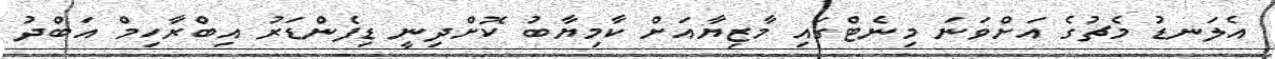
އެލަނޑު މެޗުގެ އަށްވަނަ މިނެޓްގައި މާޒިޔާއަށް ކާމިޔާބު ކޮށްދިނީ ޑިފެންޑަރު އިބްރާހިމް އަބްދު